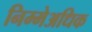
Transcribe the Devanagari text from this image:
निम्मेअधिक